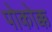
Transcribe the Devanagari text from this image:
पोकोक्क